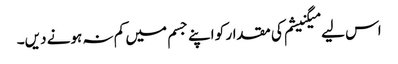
اس لیے میگنیشم کی مقدار کو اپنے جسم میں کم نہ ہونے دیں۔